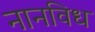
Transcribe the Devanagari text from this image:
नानविध